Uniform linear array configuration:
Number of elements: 4
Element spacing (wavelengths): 0.75
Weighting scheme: exponential
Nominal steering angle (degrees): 30
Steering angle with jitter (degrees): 31.669
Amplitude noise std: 0.05
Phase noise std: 0.05

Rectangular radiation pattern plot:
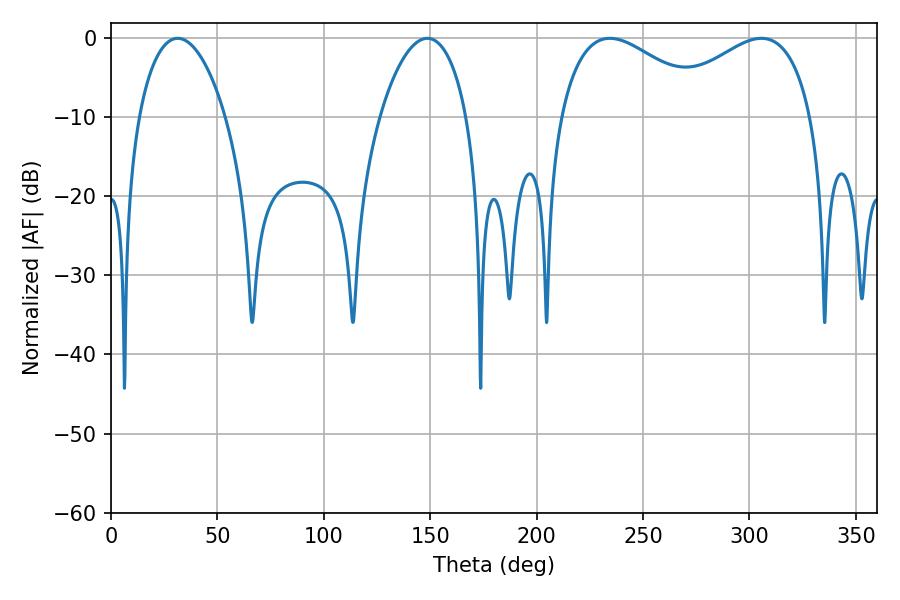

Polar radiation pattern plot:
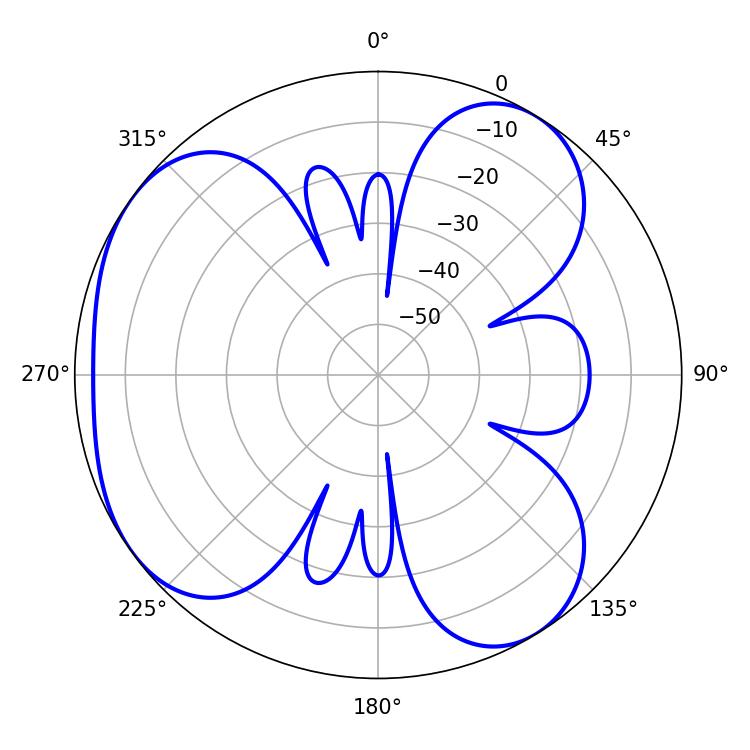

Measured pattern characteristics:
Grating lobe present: TRUE
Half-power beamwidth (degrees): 23.04
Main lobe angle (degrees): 31.32